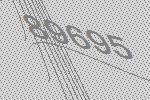
89695